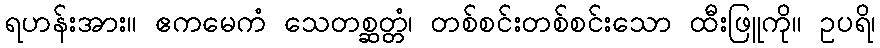
ရဟန်းအား။ ဧကမေကံ သေတစ္ဆတ္တံ၊ တစ်စင်းတစ်စင်းသော ထီးဖြူကို။ ဥပရိ၊